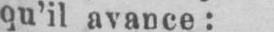
qu’il avance: